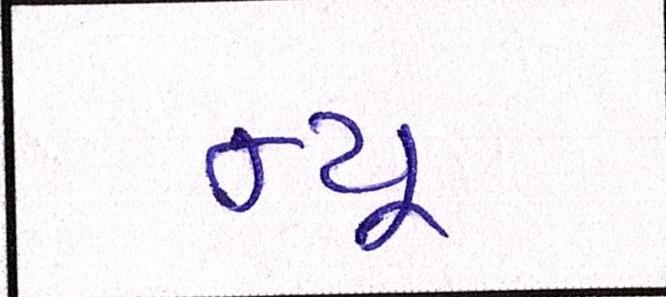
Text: ન્યૂ